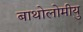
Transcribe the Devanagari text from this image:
बाथोलोमीयु